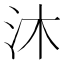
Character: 沐